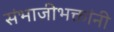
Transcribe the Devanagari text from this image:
संभाजीभक्तांनी